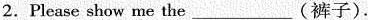
2.Please show me the ___ (裤子).